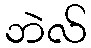
ဘဲလ်